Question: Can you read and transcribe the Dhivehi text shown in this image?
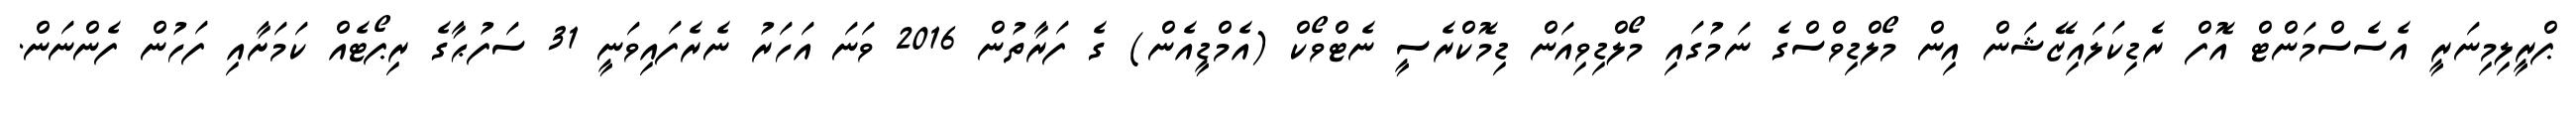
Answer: ޕްރީލިމިނަރީ އެސެސްމަންޓް އޮފް ރެޑިކަލައިޒޭޝަން އިން މޯލްޑިވްސްގެ ނަމުގައި މޯލްޑިވިއަން ޑިމޮކްރެސީ ނެޓްވޯކް (އެމްޑީއެން) ގެ ފަރާތުން 2016 ވަނަ އަހަރު ނެރެފައިވަނީ 31 ސަފުޙާގެ ރިޕޯޓެއް ކަމަށާއި ފަހުން ފެންނަން.